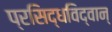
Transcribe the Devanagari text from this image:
प्रसिद्धविद्वान्